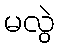
မလွဲ